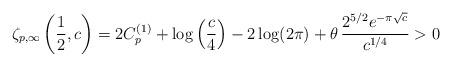
LaTeX: \begin{align*}\zeta_{p,\infty}\left(\frac{1}{2},c\right)=2C_{p}^{(1)}+\log\left(\frac{c}{4}\right)-2\log(2\pi)+\theta\,\frac{2^{5/2}e^{-\pi\sqrt{c}}}{c^{1/4}}>0\end{align*}